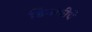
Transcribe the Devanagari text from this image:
डिक्कीचे